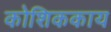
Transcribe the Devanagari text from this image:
कोशिककाय